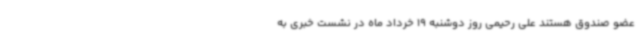
عضو صندوق هستند علی رحیمی روز دوشنبه 19 خرداد ماه در نشست خبری به